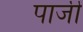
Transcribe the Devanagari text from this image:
पार्जी